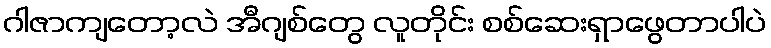
ဂါဇာကျတော့လဲ အီဂျစ်တွေ လူတိုင်း စစ်ဆေးရှာဖွေတာပါပဲ